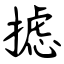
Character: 摅